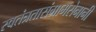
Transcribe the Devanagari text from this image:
स्वतंत्रतासंग्रामसेनानी